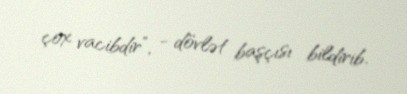
çox vacibdir”, - dövlət başçısı bildirib.